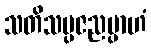
သတိသမ္ပဇညမ္ပာဟံ